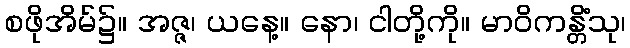
စဖိုအိမ်၌။ အဇ္ဇ၊ ယနေ့။ နော၊ ငါတို့ကို။ မာဝိကန္တိံသု၊